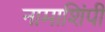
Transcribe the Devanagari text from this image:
नामाशिंपी